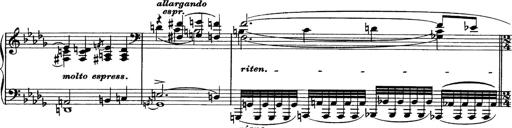
Title: Sonatina No.6
Composer: Ferruccio Busoni